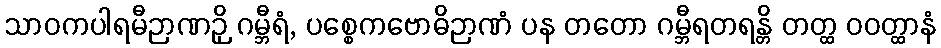
သာဝကပါရမီဉာဏဉှိ ဂမ္ဘီရံ, ပစ္စေကဗောဓိဉာဏံ ပန တတော ဂမ္ဘီရတရန္တိ တတ္ထ ဝဝတ္ထာနံ